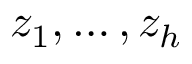
z _ { 1 } , \ldots , z _ { h }